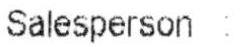
SALESPERSON :